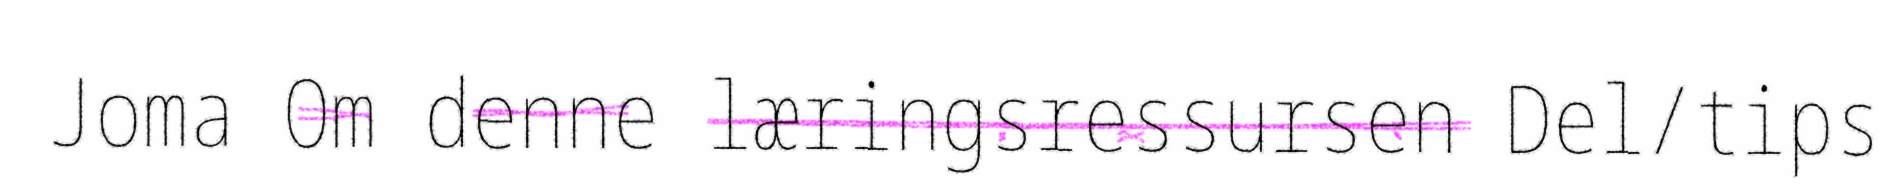
Joma Om denne læringsressursen Del/tips